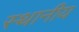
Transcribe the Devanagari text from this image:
स्थानीय